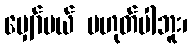
မျှော်မယ် မဟုတ်ပါဘူး၊